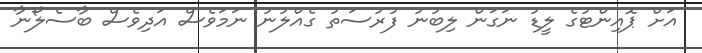
އަށް ޕޮއިންޓުގެ ލީޑު ނަގަން ލިބުނު ފުރުސަތު ގެއްލުނު ނަމަވެސް އަދިވެސް ބާސެލޯނާ